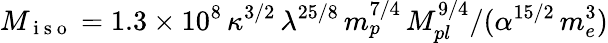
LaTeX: M_{\mathrm{~i~s~o~}}=1.3\times 10^{8}\, \kappa^{3/2}\, \lambda^{25/8}\, m_{p}^{7/4}\, M_{pl}^{9/4}/(\alpha^{15/2}\, m_{e}^{3})